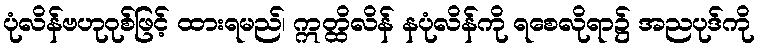
ပုံလိန်ဗဟုဝုစ်ဖြင့် ထားရမည်၊ ဣတ္ထိလိန် နပုံလိန်ကို ရစေလိုရာ၌ အညပုဒ်ကို